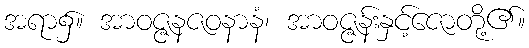
အရာ၌။ အာဝဇ္ဇနဇဝနာနံ၊ အာဝဇ္ဇန်းနှင့်ဇောတို့၏။